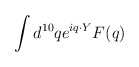
\begin{align*}\int d^{10} q e^{iq\cdot Y} F(q)\end{align*}